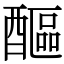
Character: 醧